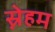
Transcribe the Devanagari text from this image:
स्नेहम